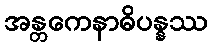
အန္တကေနာဓိပန္နဿ